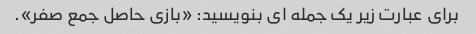
برای عبارت زیر یک جمله ای بنویسید: «بازی حاصل جمع صفر».